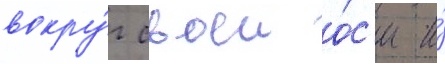
вокру́г своеи о́с'и и́